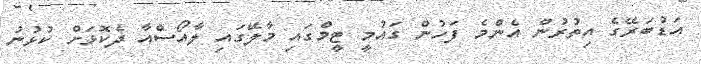
އަޑުބަރޭގެ އިތުރުން އެންމެ ފަހުން ގައުމީ ޓީމްގައި މާލޭގައި ލާއޯސްއާ ދެކޮޅަށް ކުޅުނު